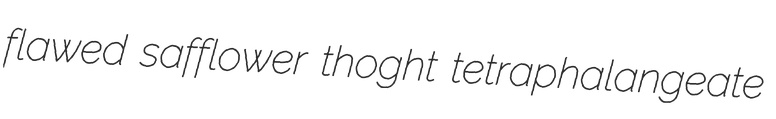
flawed safflower thoght tetraphalangeate